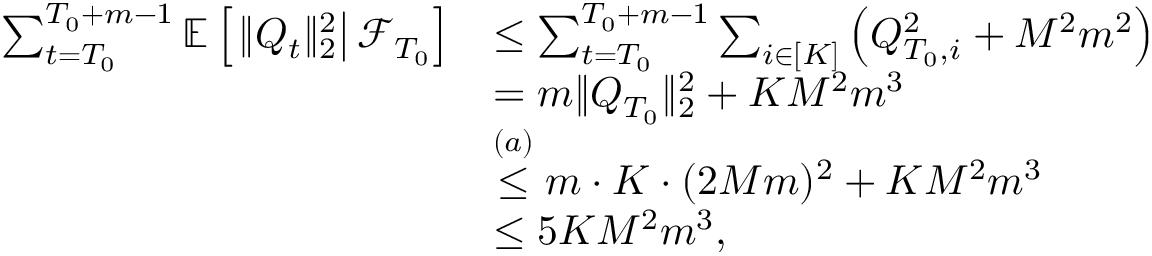
\begin{array} { r l } { \sum _ { t = T _ { 0 } } ^ { T _ { 0 } + m - 1 } \mathbb E \left[ \left. \lVert Q _ { t } \rVert _ { 2 } ^ { 2 } \right\rvert \mathcal F _ { T _ { 0 } } \right] } & { \le \sum _ { t = T _ { 0 } } ^ { T _ { 0 } + m - 1 } \sum _ { i \in [ K ] } \left( Q _ { T _ { 0 } , i } ^ { 2 } + M ^ { 2 } m ^ { 2 } \right) } \\ & { = m \lVert Q _ { T _ { 0 } } \rVert _ { 2 } ^ { 2 } + K M ^ { 2 } m ^ { 3 } } \\ & { \stackrel { ( a ) } \le m \cdot K \cdot ( 2 M m ) ^ { 2 } + K M ^ { 2 } m ^ { 3 } } \\ & { \le 5 K M ^ { 2 } m ^ { 3 } , } \end{array}